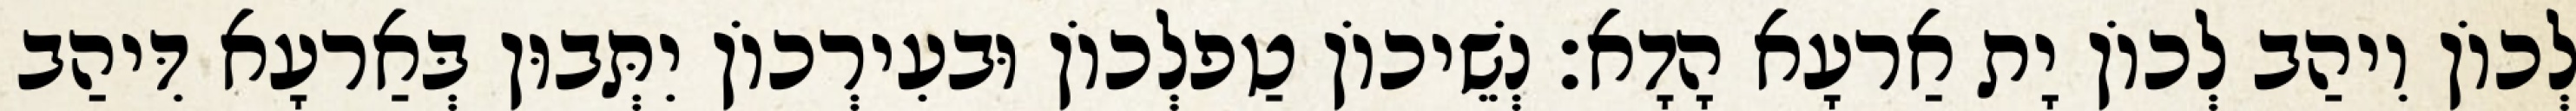
לְכוֹן וִיהַב לְכוֹן יָת אַרעָא הָדָא׃ נְשֵׁיכוֹן טַפלְכוֹן וּבעִירְכוֹן יִתְּבוּן בְּאַרעָא דִּיהַב